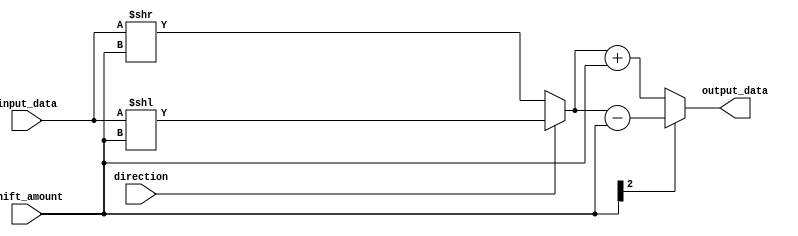
module Hybrid_Barrel_Shifter (
    input [7:0] input_data,
    input [2:0] shift_amount,
    input direction,
    output reg [7:0] output_data
);

reg [7:0] shifted_data;

always @(*) begin
    if (direction == 0) begin // Right shift
        shifted_data = input_data >> shift_amount;
    end else begin // Left shift
        shifted_data = input_data << shift_amount;
    end
    
    // Perform arithmetic operation (here we can add or subtract the shift amount)
    if (shift_amount[2] == 1) begin // Subtract shift amount
        output_data = shifted_data - shift_amount;
    end else begin // Add shift amount
        output_data = shifted_data + shift_amount;
    end
end

endmodule